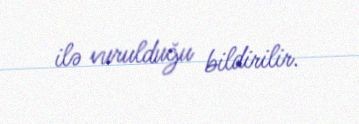
ilə vurulduğu bildirilir.